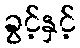
ခွင့်နှင့်